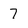
Character: 7